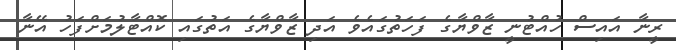
ރީނާ އައިސް ހުއްޓުނީ ޒާވްޔާގެ ފަހަތުގައެވެ އަދި ޒާވްޔާގެ އަތުގައި ކޮއްޓާލުމަށްފަހު އޭނާ